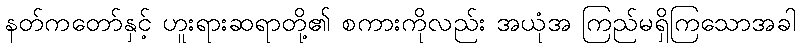
နတ်ကတော်နှင့် ဟူးရားဆရာတို့၏ စကားကိုလည်း အယုံအ ကြည်မရှိကြသောအခါ